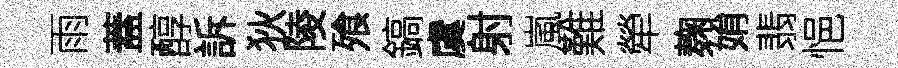
雨蓋醇訴狄陵飱鎬虞射嵐難犖麹姢翡悒